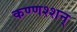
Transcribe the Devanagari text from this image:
कण्णश्शन्